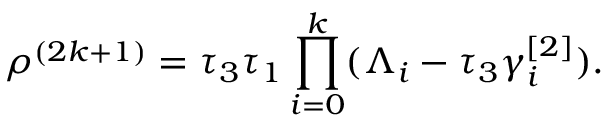
\rho ^ { ( 2 k + 1 ) } = \tau _ { 3 } \tau _ { 1 } \prod _ { i = 0 } ^ { k } ( \Lambda _ { i } - \tau _ { 3 } \gamma _ { i } ^ { [ 2 ] } ) .